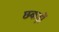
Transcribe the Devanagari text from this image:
छकड़ों